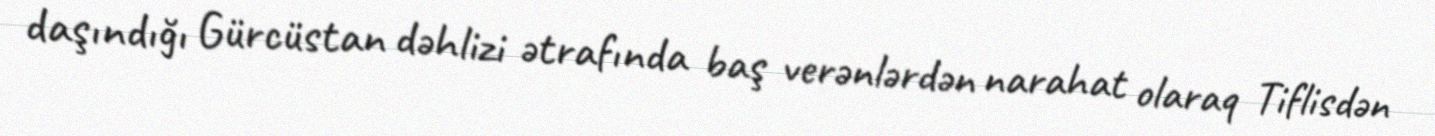
daşındığı Gürcüstan dəhlizi ətrafında baş verənlərdən narahat olaraq Tiflisdən